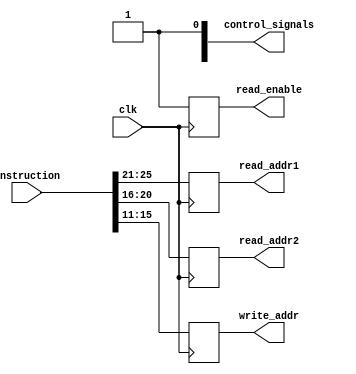
module ID (
    clk, instruction, read_enable, read_addr1, read_addr2, write_addr, control_signals
);
    input clk;
    input [32 - 1 : 0] instruction;
    output read_enable;
    output [5 - 1 : 0] read_addr1, read_addr2;
    output [5 - 1 : 0] write_addr;
    output [8 - 1 : 0] control_signals;


always @(posedge clk) begin
    //TODO: decode the op code

    read_addr1 <= instruction[25 : 21];
    read_addr2 <= instruction[20 : 16];
    read_enable <= 'b1;
    write_addr <= instruction[15 : 11];
end
endmodule